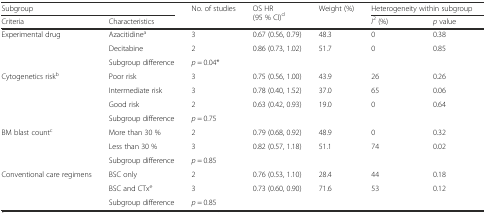
<table><thead><tr><td colspan="2"><b>Subgroup</b></td><td rowspan="2"><b>No. of studies</b></td><td rowspan="2"><b>OS HR (95 % CI)<sup>d</sup></b></td><td rowspan="2"><b>Weight (%)</b></td><td colspan="2"><b>Heterogeneity within subgroup</b></td></tr><tr><td><b>Criteria</b></td><td><b>Characteristics</b></td><td><b><i>I</i><sup>2</sup> (%)</b></td><td><b><i>p</i> value</b></td></tr></thead><tbody><tr><td rowspan="3">Experimental drug</td><td>Azacitidine<sup>a</sup></td><td>3</td><td>0.67 (0.56, 0.79)</td><td>48.3</td><td>0</td><td>0.38</td></tr><tr><td>Decitabine</td><td>2</td><td>0.86 (0.73, 1.02)</td><td>51.7</td><td>0</td><td>0.85</td></tr><tr><td>Subgroup difference</td><td colspan="5"><i>p</i> = 0.04*</td></tr><tr><td rowspan="4">Cytogenetics risk<sup>b</sup></td><td>Poor risk</td><td>3</td><td>0.75 (0.56, 1.00)</td><td>43.9</td><td>26</td><td>0.26</td></tr><tr><td>Intermediate risk</td><td>3</td><td>0.78 (0.40, 1.52)</td><td>37.0</td><td>65</td><td>0.06</td></tr><tr><td>Good risk</td><td>2</td><td>0.63 (0.42, 0.93)</td><td>19.0</td><td>0</td><td>0.64</td></tr><tr><td>Subgroup difference</td><td colspan="5"><i>p</i> = 0.75</td></tr><tr><td rowspan="3">BM blast count<sup>c</sup></td><td>More than 30 %</td><td>2</td><td>0.79 (0.68, 0.92)</td><td>48.9</td><td>0</td><td>0.32</td></tr><tr><td>Less than 30 %</td><td>3</td><td>0.82 (0.57, 1.18)</td><td>51.1</td><td>74</td><td>0.02</td></tr><tr><td>Subgroup difference</td><td colspan="5"><i>p</i> = 0.85</td></tr><tr><td rowspan="3">Conventional care regimens</td><td>BSC only</td><td>2</td><td>0.76 (0.53, 1.10)</td><td>28.4</td><td>44</td><td>0.18</td></tr><tr><td>BSC and CTx<sup>e</sup></td><td>3</td><td>0.73 (0.60, 0.90)</td><td>71.6</td><td>53</td><td>0.12</td></tr><tr><td>Subgroup difference</td><td colspan="5"><i>p</i> = 0.85</td></tr></tbody></table>